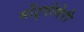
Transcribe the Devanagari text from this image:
मोंट्गोमेरी